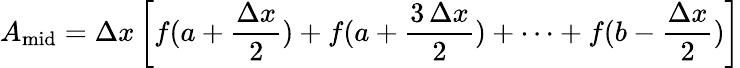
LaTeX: A_{\mathrm{mid}}=\Delta x\left[f(a+{\frac{\Delta x}{2}})+f(a+{\frac{3\, \Delta x}{2}})+\cdots+f(b-{\frac{\Delta x}{2}})\right]